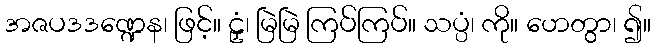
အဇပဒဒဏ္ဍေန၊ ဖြင့်။ ဠှံ၊ မြဲမြဲ ကြပ်ကြပ်။ သပ္ပံ၊ ကို။ ဟေတွာ၊ ၍။